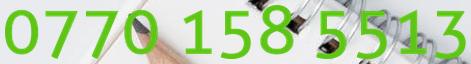
0770 158 5513